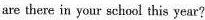
are there in your school this year?